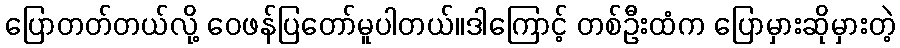
ပြောတတ်တယ်လို့ ဝေဖန်ပြတော်မူပါတယ်။ဒါကြောင့် တစ်ဦးထံက ပြောမှားဆိုမှားတဲ့